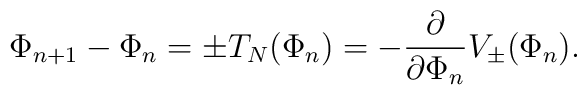
\Phi_{n+1}-\Phi_n=\pm T_N(\Phi_n)=-\frac{\partial}{\partial \Phi_n}V_\pm(\Phi_n).